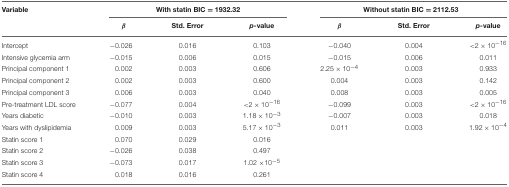
<table><thead><tr><td><b>Variable</b></td><td colspan="3"><b>With statin BIC = 1932.32</b></td><td colspan="3"><b>Without statin BIC = 2112.53</b></td></tr><tr><td></td><td><b>β</b></td><td><b>Std. Error</b></td><td><b><i>p</i>-value</b></td><td><b>β</b></td><td><b>Std. Error</b></td><td><b><i>p</i>-value</b></td></tr></thead><tbody><tr><td>Intercept</td><td>−0.026</td><td>0.016</td><td>0.103</td><td>−0.040</td><td>0.004</td><td>&lt;2 × 10<sup>−16</sup></td></tr><tr><td>Intensive glycemia arm</td><td>−0.015</td><td>0.006</td><td>0.015</td><td>−0.015</td><td>0.006</td><td>0.011</td></tr><tr><td>Principal component 1</td><td>0.002</td><td>0.003</td><td>0.606</td><td>2.25 × 10<sup>−4</sup></td><td>0.003</td><td>0.933</td></tr><tr><td>Principal component 2</td><td>0.002</td><td>0.003</td><td>0.600</td><td>0.004</td><td>0.003</td><td>0.142</td></tr><tr><td>Principal component 3</td><td>0.006</td><td>0.003</td><td>0.040</td><td>0.008</td><td>0.003</td><td>0.005</td></tr><tr><td>Pre-treatment LDL score</td><td>−0.077</td><td>0.004</td><td>&lt;2 × 10<sup>−16</sup></td><td>−0.099</td><td>0.003</td><td>&lt;2 × 10<sup>−16</sup></td></tr><tr><td>Years diabetic</td><td>−0.010</td><td>0.003</td><td>1.18 × 10<sup>−3</sup></td><td>−0.007</td><td>0.003</td><td>0.018</td></tr><tr><td>Years with dyslipidemia</td><td>0.009</td><td>0.003</td><td>5.17 × 10<sup>−3</sup></td><td>0.011</td><td>0.003</td><td>1.92 × 10<sup>−4</sup></td></tr><tr><td>Statin score 1</td><td>0.070</td><td>0.029</td><td>0.016</td><td></td><td></td><td></td></tr><tr><td>Statin score 2</td><td>−0.026</td><td>0.038</td><td>0.497</td><td></td><td></td><td></td></tr><tr><td>Statin score 3</td><td>−0.073</td><td>0.017</td><td>1.02 × 10<sup>−5</sup></td><td></td><td></td><td></td></tr><tr><td>Statin score 4</td><td>0.018</td><td>0.016</td><td>0.261</td><td></td><td></td><td></td></tr></tbody></table>